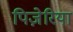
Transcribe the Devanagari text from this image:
पिज़ेरिया